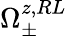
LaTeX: \Omega_{\pm}^{z,RL}